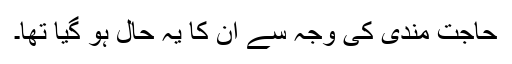
حاجت مندی کی وجہ سے ان کا یہ حال ہو گیا تھا۔